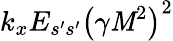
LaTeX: k_{x}E_{s^{\prime}s^{\prime}}\left(\gamma\mathit{M}^{2}\right)^{2}